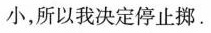
小，所以我决定停止挪。